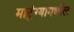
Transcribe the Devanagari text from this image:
माटुंग्यामधील